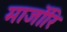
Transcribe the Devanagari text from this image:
मार्जोरि